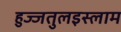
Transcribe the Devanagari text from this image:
हुज्जतुलइस्लाम